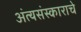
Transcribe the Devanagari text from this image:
अंत्यसंस्काराचे